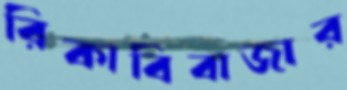
রিকাবিবাজার